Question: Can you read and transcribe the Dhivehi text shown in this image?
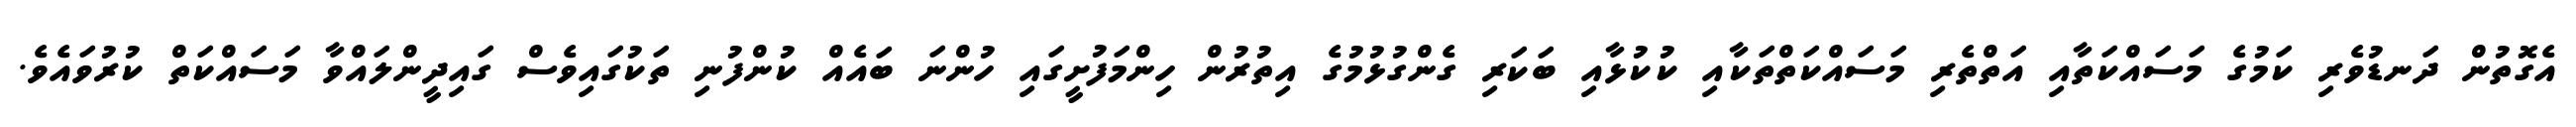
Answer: އެގޮތުން ދަނޑުވެރި ކަމުގެ މަސައްކަތާއި އަތްތެރި މަސައްކަތްތަކާއި ކުކުޅާއި ބަކަރި ގެންގުޅުމުގެ އިތުރުން ހިންމަފުށީގައި ހުންނަ ބައެއް ކުންފުނި ތަކުގައިވެސް ގައިދީންލައްވާ މަސައްކަތް ކުރުވައެވެ.